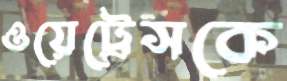
ওয়েট্রেসকে